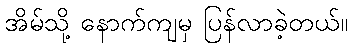
အိမ်သို့ နောက်ကျမှ ပြန်လာခဲ့တယ်။